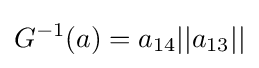
G^{-1}(a)=a_{14}||a_{13}||